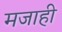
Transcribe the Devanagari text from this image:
मजाही